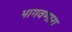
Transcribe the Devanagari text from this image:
भागवणारा